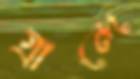
গ্রান্দে